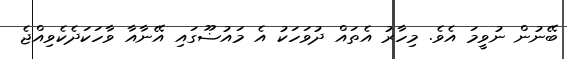
ބޭނުން ނުވީމަ އެވެ. މިހާރު އެތައް ދުވަހަކު އެ މައުޟޫގައި އޭނާއާ ވާހަކަދެކެވިއްޖެ